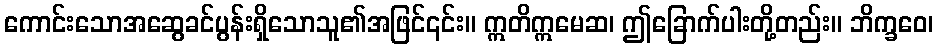
ကောင်းသောအဆွေခင်ပွန်းရှိသောသူ၏အဖြင်၎င်း။ ဣတိဣမေဆ၊ ဤခြောက်ပါးတို့တည်း။ ဘိက္ခဝေ၊